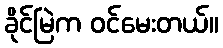
ခိုင်မြဲက ဝင်မေးတယ်။